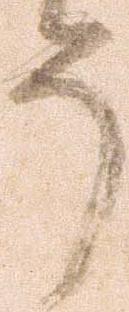
う